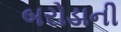
બરોડાની